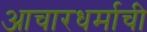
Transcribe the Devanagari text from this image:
आचारधर्माची